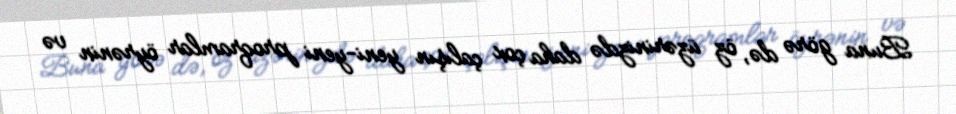
Buna görə də, öz üzərinizdə daha çox çalışın yeni-yeni proqramlar öyrənin və